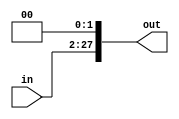
module shiftpc (
    input   wire[25:0]  in,
    output  wire[27:0]  out
);

    assign out = {in, 2'b0};
    
endmodule